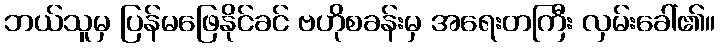
ဘယ်သူမှ ပြန်မဖြေနိုင်ခင် ဗဟိုစခန်းမှ အရေးတကြီး လှမ်းခေါ်၏။